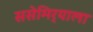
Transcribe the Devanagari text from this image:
ससेमिर्‍याला